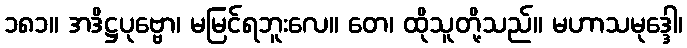
၁၈၁။ အဒိဋ္ဌပုဗ္ဗော၊ မမြင်ရဘူးလေ။ တေ၊ ထိုသူတို့သည်။ မဟာသမုဒ္ဒေါ၊